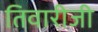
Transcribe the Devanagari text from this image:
तिवारीजी